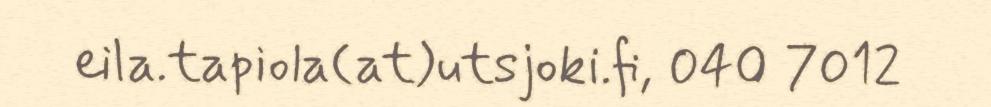
eila.tapiola(at)utsjoki.fi, 040 7012